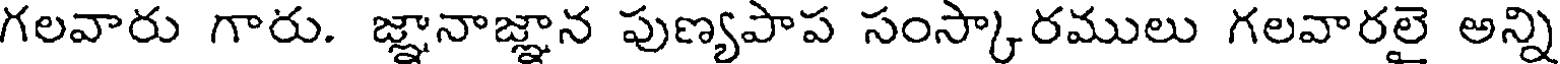
గలవారు గారు. జ్ఞానాజ్ఞాన పుణ్యపాప సంస్కారములు గలవారలై అన్ని